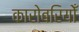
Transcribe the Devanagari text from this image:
कारोबरियोँ